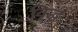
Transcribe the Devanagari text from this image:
वृि़द्ध